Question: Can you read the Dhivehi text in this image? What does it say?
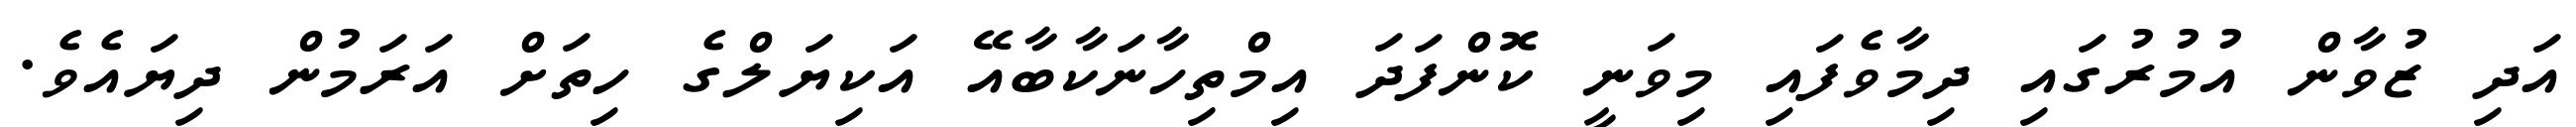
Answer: އަދި ޒުވާން އުމުރުގައި ދިމާވެފައި މިވަނީ ކޮންފަދަ އިމްތިހާނަކާބާއޭ އަކިޔަލްގެ ހިތަށް އަރަމުން ދިޔައެވެ.